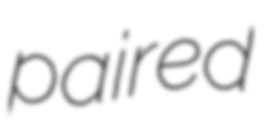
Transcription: paired